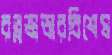
রত্নভান্ডারবিশেষ